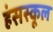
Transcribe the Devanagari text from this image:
हंसस्कूल